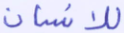
للإنسان